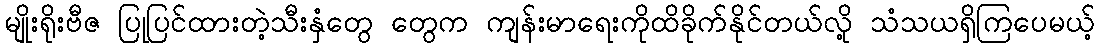
မျိုးရိုးဗီဇ ပြုပြင်ထားတဲ့သီးနှံတွေ တွေက ကျန်းမာရေးကိုထိခိုက်နိုင်တယ်လို့ သံသယရှိကြပေမယ့်